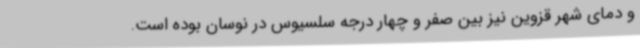
و دمای شهر قزوین نیز بین صفر و چهار درجه سلسیوس در نوسان بوده است.